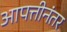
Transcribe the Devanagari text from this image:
आपत्तीनंतर